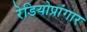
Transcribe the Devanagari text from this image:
रेडियोप्रांगार